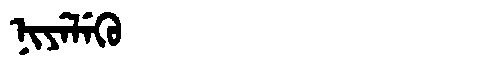
Manchu: ᠨᡳᠶᡝᠯᡝᡴᡠ
Romanization: NIYELEKU